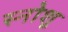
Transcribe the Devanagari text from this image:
स्नोशू